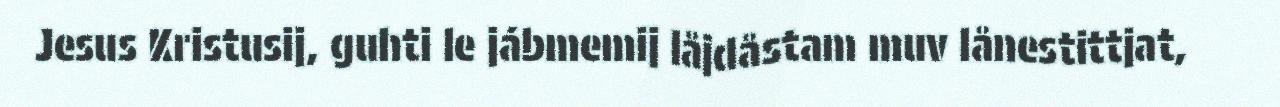
Jesus Kristusij, guhti le jábmemij låjdåstam muv lånestittjat,